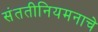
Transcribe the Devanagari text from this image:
संततीनियमनाचे